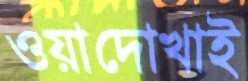
ওয়াদোখাই